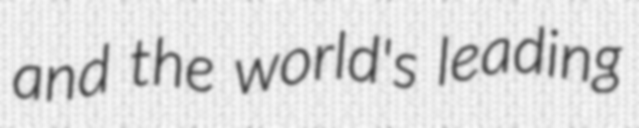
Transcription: and the world's leading